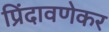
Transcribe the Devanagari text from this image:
प्रिंदावणेकर